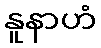
နူနာဟံ